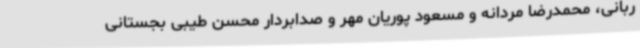
ربانی، محمدرضا مردانه و مسعود پوریان مهر و صدابردار محسن طیبی بجستانی